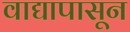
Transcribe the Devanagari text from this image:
वाद्यापासून